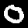
Digit: 0